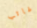
غائب